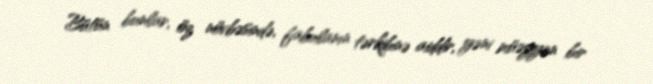
Bütün bunlar, öz növbəsində, fabulanın tərkibinə aiddir, yəni müəyyən bir